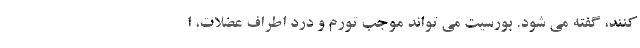
کنند، گفته می شود. بورسیت می تواند موجب تورم و درد اطراف عضلات، ا